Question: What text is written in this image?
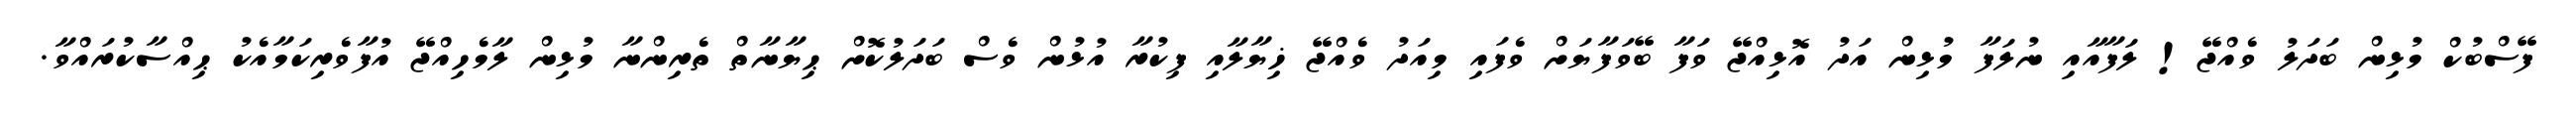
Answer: ފޭސްބުކް މުޅިން ބަދަލު ވެއްޖޭ! ލަފާއާއި ނުލަފާ މުޅިން އަދު އޮޅިއްޖޭ ވަފާ ބޭވަފާޔަށް ވެފައި މިއަދު ވެއްޖޭ ޚިޔާލާއި ފިކުރާ އުޅުން ވެސް ބަދަލުކޮށް ޙިޔާނާތް ތެރިންނާ މުޅިން ލާމެހިއްޖޭ އުފާވެރިކަމާއެކު ޙިއްސާކުރައްވާ.